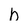
Character: h